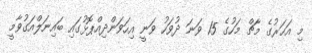
މި އަހަރުގެ މާޗް މަހުގެ 15 ވަނަ ދުވަހު ވަނީ އިހަވަންދިއްޕޮޅުގައި ބައިނަލްއަގުވާމީ